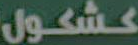
كشكول